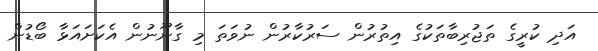
އަދި ކުރީގެ ތަޖުރިބާތަކުގެ އިތުރުން ސަރުކާރުން ނުވަތަ މި ގާނޫނުން އެކަށައަޅާ ބޯޑުން